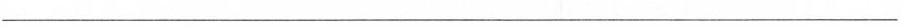
___